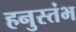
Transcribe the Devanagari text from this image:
हनुस्तंभ